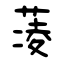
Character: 蓤